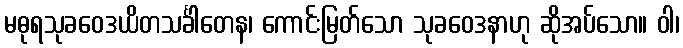
မဓုရသုခဝေဒယိတသင်္ခါတေန၊ ကောင်းမြတ်သော သုခဝေဒနာဟု ဆိုအပ်သော။ ဝါ၊